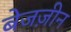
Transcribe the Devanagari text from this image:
बेजज़ीन